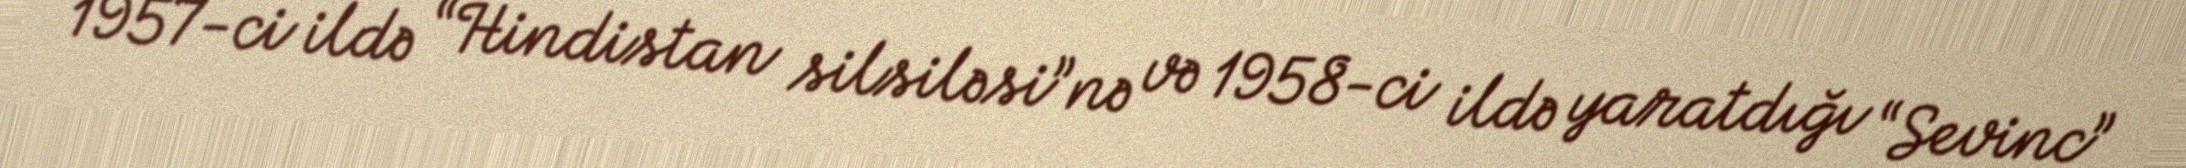
1957-ci ildə “Hindistan silsiləsi”nə və 1958-ci ildə yaratdığı “Sevinc”